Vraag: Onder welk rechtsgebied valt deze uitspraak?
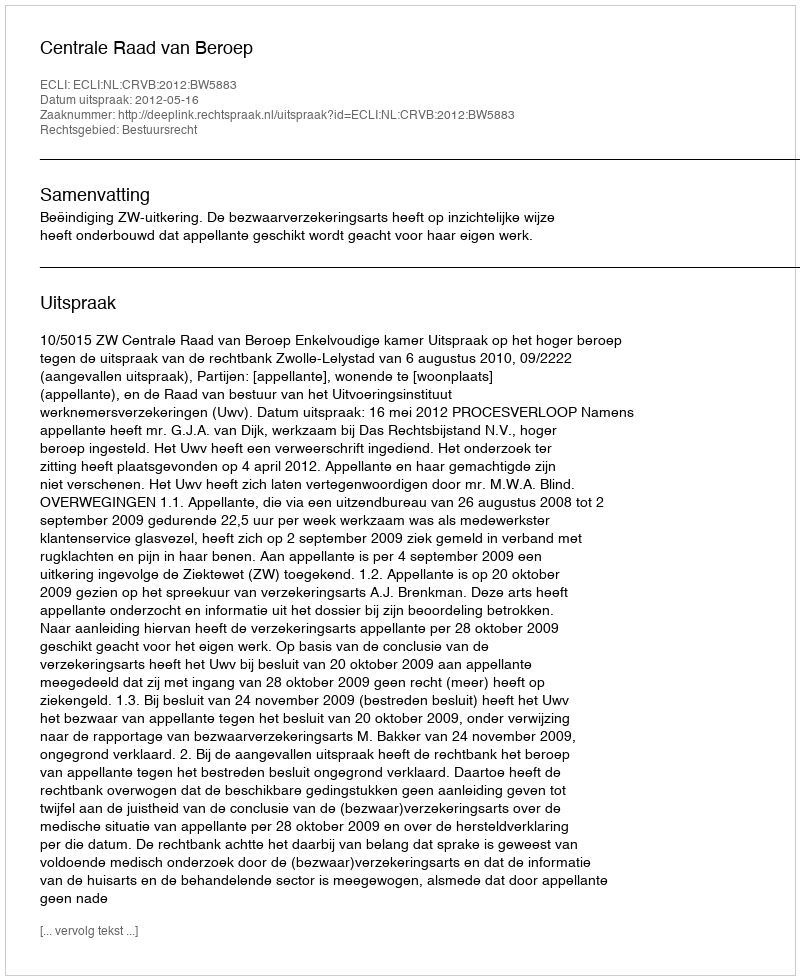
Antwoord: Bestuursrecht